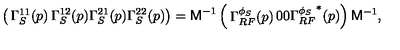
\left( \begin{matrix} { \Gamma _ { S } ^ { 1 1 } ( p ) } & { \Gamma _ { S } ^ { 1 2 } ( p ) } \\ { \Gamma _ { S } ^ { 2 1 } ( p ) } & { \Gamma _ { S } ^ { 2 2 } ( p ) } \\ \end{matrix} \right) = { \bf \sf M } ^ { - 1 } \left( \begin{matrix} { \Gamma _ { R F } ^ { \phi _ { S } } ( p ) } & { 0 } \\ { 0 } & { { \Gamma _ { R F } ^ { \phi _ { S } } } ^ { * } ( p ) } \\ \end{matrix} \right) { \bf \sf M } ^ { - 1 } ,